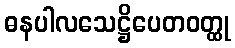
ဓနပါလသေဋ္ဌိပေတဝတ္ထု